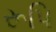
રૂપિ